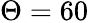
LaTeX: \Theta=60